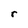
Character: r